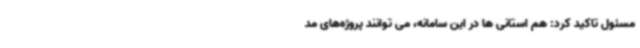
مسئول تاکید کرد: هم استانی ها در این سامانه، می توانند پروژه‌های مد